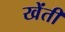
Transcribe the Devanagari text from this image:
खेंती